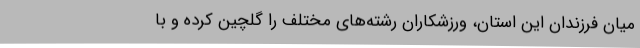
میان فرزندان این استان، ورزشکاران رشته‌های مختلف را گلچین کرده و با